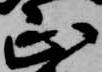
正